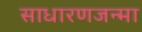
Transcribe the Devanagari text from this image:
साधारणजन्मा